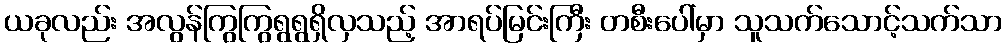
ယခုလည်း အလွန်ကြွကြွရွရွရှိလှသည့် အာရပ်မြင်းကြီး တစီးပေါ်မှာ သူသက်သောင့်သက်သာ